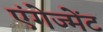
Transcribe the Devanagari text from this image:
एंगेज्मेंट